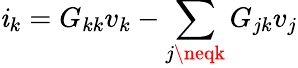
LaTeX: \mathit{i}_{k}=G_{kk}v_{k}-\sum_{j\neqk}G_{jk}v_{j}